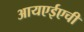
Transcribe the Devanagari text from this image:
आयएईएची